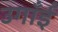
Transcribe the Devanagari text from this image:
उगाँईं